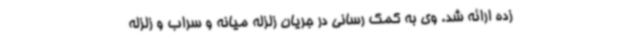
زده ارائه شد. وی به کمک رسانی در جریان زلزله میانه و سراب و زلزله